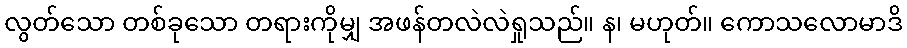
လွတ်သော တစ်ခုသော တရားကိုမျှ အဖန်တလဲလဲရှုသည်။ န၊ မဟုတ်။ ကောသလောမာဒိ